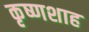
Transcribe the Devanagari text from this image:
कृष्णशाह